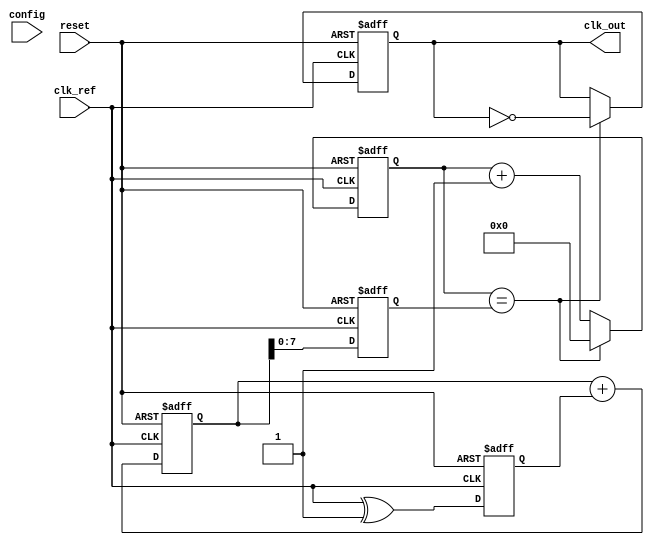
module fractional_PLL (
    input wire clk_ref,          // Reference clock input
    input wire reset,            // Reset signal
    input wire [7:0] config,     // Configuration input (e.g., division ratio)
    output reg clk_out           // Output clock signal
);
    // Phase Detector
    reg phase_error;             // Error signal from the phase detector
    wire feedback;               // Feedback signal from the frequency divider

    // Loop Filter
    reg [15:0] filter_output;    // Output from the loop filter

    // Voltage-Controlled Oscillator (VCO)
    reg [7:0] vco_frequency;      // Current frequency setting of the VCO
    
    // Frequency Divider
    reg [7:0] div_counter;       // Counter for frequency division
    wire clk_div;                // Divided clock signal for feedback

    // Phase Detector Logic
    always @(posedge clk_ref or posedge reset) begin
        if (reset) begin
            phase_error <= 0;
        end else begin
            // Simple phase comparison logic
            // Assume we have some logic to determine phase error
            phase_error <= clk_ref ^ feedback; // XOR for example, replace with actual phase comparison
        end
    end

    // Loop Filter Logic (Simple first-order filter)
    always @(posedge clk_ref or posedge reset) begin
        if (reset) begin
            filter_output <= 0;
        end else begin
            filter_output <= filter_output + phase_error; // Integrate the error
        end
    end

    // VCO Logic
    always @(posedge clk_ref or posedge reset) begin
        if (reset) begin
            vco_frequency <= 0;
        end else begin
            // Adjust VCO frequency based on filtered output
            vco_frequency <= filter_output[7:0]; // Assuming an 8-bit output frequency
        end
    end

    // Frequency Divider Logic
    always @(posedge clk_ref or posedge reset) begin
        if (reset) begin
            div_counter <= 0;
            clk_out <= 0;
        end else begin
            if (div_counter == vco_frequency) begin
                clk_out <= ~clk_out;  // Toggle the output clock
                div_counter <= 0;
            end else begin
                div_counter <= div_counter + 1;
            end
        end
    end

endmodule